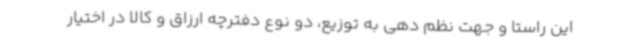
این راستا و جهت نظم دهی به توزیع، دو نوع دفترچه ارزاق و کالا در اختیار